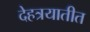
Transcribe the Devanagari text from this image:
देहत्रयातीत